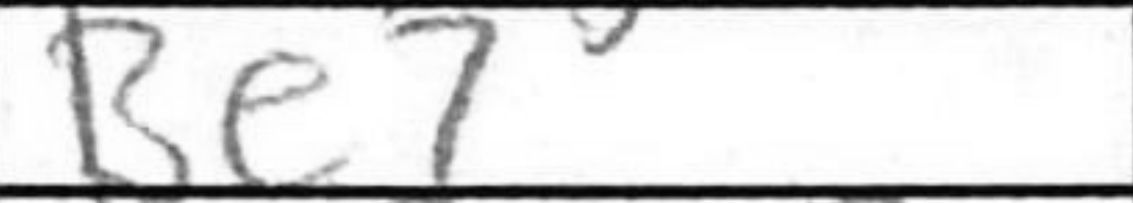
Transcription: Be7